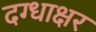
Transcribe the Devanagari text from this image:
दग्धाक्षर